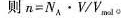
则 $$n = N_{A} \cdot V / V_{mol}$$。